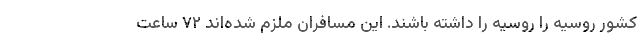
کشور روسیه را روسیه را داشته باشند. این مسافران ملزم شده‌اند ۷۲ ساعت